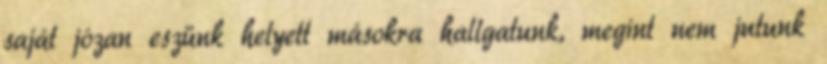
saját józan eszünk helyett másokra hallgatunk, megint nem jutunk